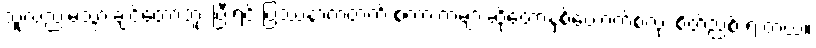
သူလည်းမသွားချင်တော့ဘူး ပြီးရင် ပြဿနာကတက် စကားကများဆိုတော့နှစ်ယောက်စလုံး စိတ်ညစ် ရ တယ်။